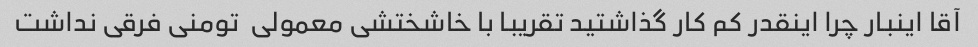
آقا اینبار چرا اینقدر کم کار گذاشتید تقریبا با خاشختشی معمولی  تومنی فرقی نداشت